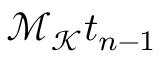
\mathcal { M } _ { \mathcal { K } } t _ { n - 1 }